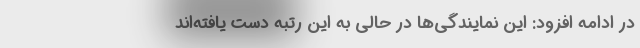
در ادامه افزود: این نمایندگی‌ها در حالی به این رتبه دست یافته‌اند